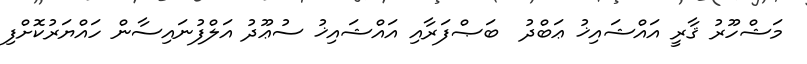
މަޝްހޫރު ޤާރީ އައްޝައިޚު ޢަބްދު  ބަޞްފަރާއި އައްޝައިޚު ސުޢޫދު އަލްފުނައިސާން ހައްޔަރުކޮށްފި